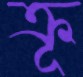
ক্রূ